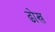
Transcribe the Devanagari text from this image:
ढोख